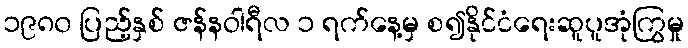
၁၉၈၀ ပြည့်နှစ် ဇန်နဝါရီလ ၁ ရက်နေ့မှ စ၍နိုင်ငံရေးဆူပူအုံကြွမှု